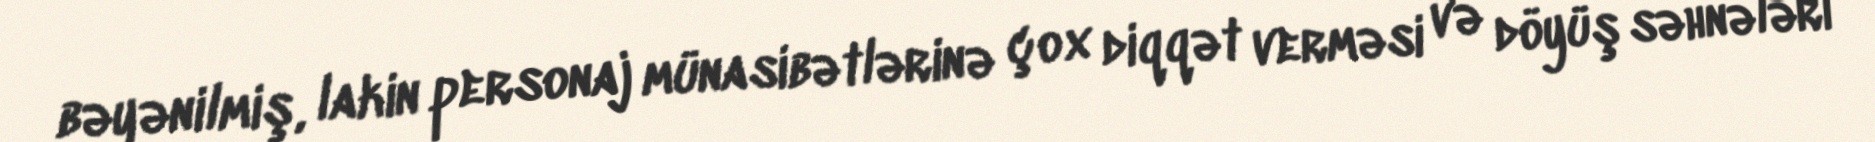
bəyənilmiş, lakin personaj münasibətlərinə çox diqqət verməsi və döyüş səhnələri